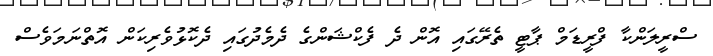
ސްރީލަންކާ ފްރީޑަމް ޕާޓީ ތެރޭގައި އޮން ދެ ފެކްޝަންގެ ދެމެދުގައި ދެކޮޅުވެރިކަން އޮތްނަމަވެސް